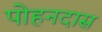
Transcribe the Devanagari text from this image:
पोहनदास